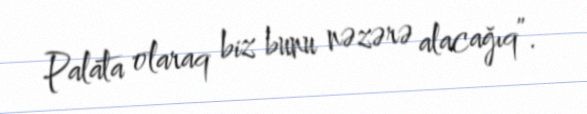
Palata olaraq biz bunu nəzərə alacağıq”.